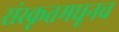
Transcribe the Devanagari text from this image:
संस्कृतमधूनच